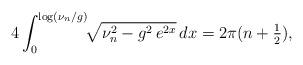
LaTeX: \begin{align*}4\int_0^{\log(\nu_n/g)}\!\!\sqrt{\nu_n^2-g^2\,e^{2x}}\,dx=2\pi (n+\tfrac12),\end{align*}